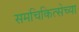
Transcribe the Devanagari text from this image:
समचिकित्सेच्या